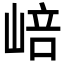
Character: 㟝